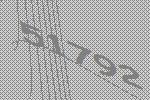
51792